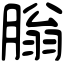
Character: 䐥